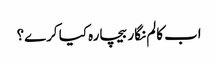
اب کالم نگار بیچارہ کیا کرے؟